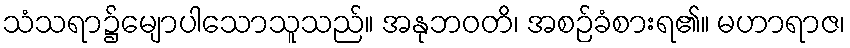
သံသရာ၌မျောပါသောသူသည်။ အနုဘဝတိ၊ အစဉ်ခံစားရ၏။ မဟာရာဇ၊